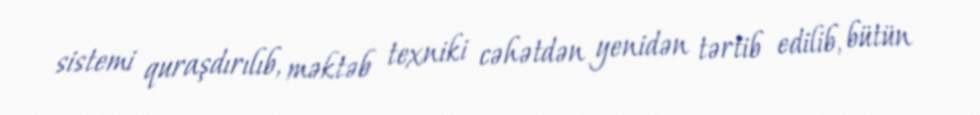
sistemi quraşdırılıb, məktəb texniki cəhətdən yenidən tərtib edilib, bütün